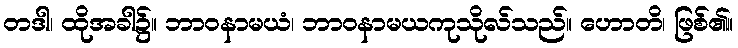
တဒါ၊ ထိုအခါ၌။ ဘာဝနာမယံ၊ ဘာဝနာမယကုသိုလ်သည်။ ဟောတိ၊ ဖြစ်၏။